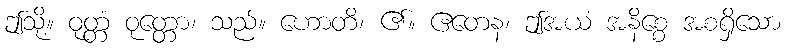
ဤသို့။ ဝုတ္တံ ဝုတ္တော၊ သည်။ ဟောတိ၊ ၏။ ဧတေန၊ ဤအယံ အနိစ္စေ အစရှိသော